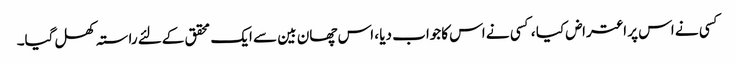
کسی نے اس پر اعتراض کیا ، کسی نے اس کاجواب دیا ، اس چھان بین سے ایک محقق کےلئے راستہ کھل گیا۔